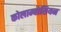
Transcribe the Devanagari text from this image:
कोलाम्बोसियन